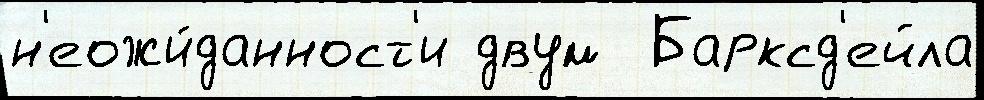
н'еожи́данност'и двум  Барксд'ейла